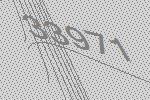
33971